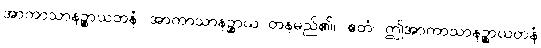
အာကာသာနဉ္စာယတနံ၊ အာကာသာနဉ္စာယ တနမည်၏။ ဧတံ၊ ဤအာကာသာနဉ္စာယတနံ